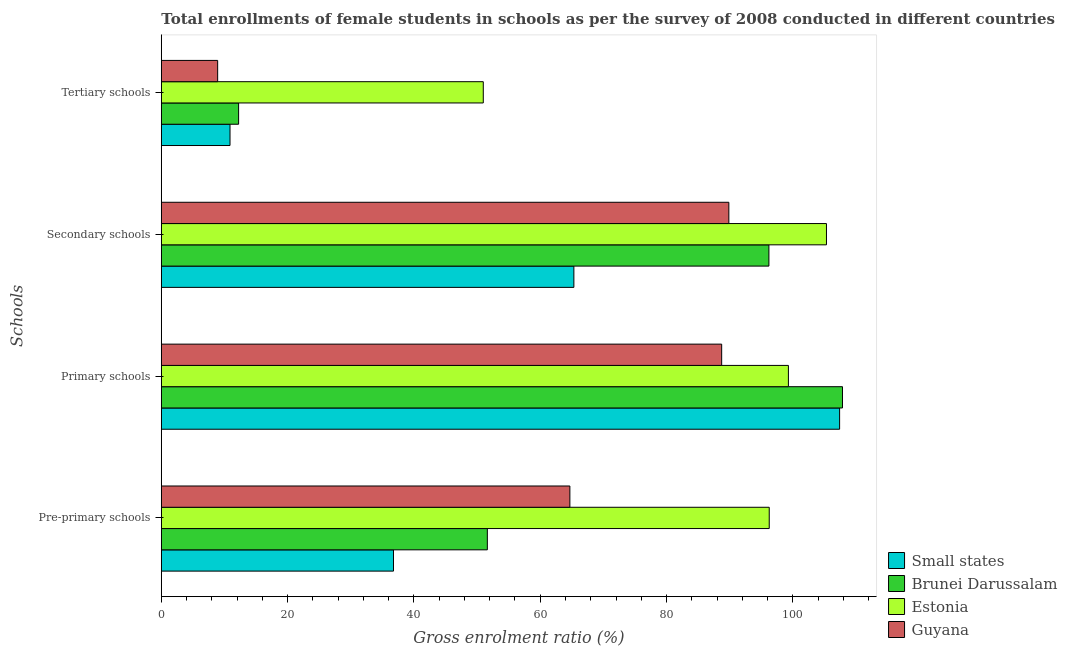
| Schools | Small states | Brunei Darussalam | Estonia | Guyana |
 | --- | --- | --- | --- | --- |
 | Pre-primary schools | 36.8 | 51.6 | 96.3 | 64.7 |
 | Primary schools | 107 | 108 | 99.3 | 88.7 |
 | Secondary schools | 65.3 | 96.2 | 105 | 89.9 |
 | Tertiary schools | 10.9 | 12.2 | 51 | 8.92 |